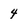
Character: 4